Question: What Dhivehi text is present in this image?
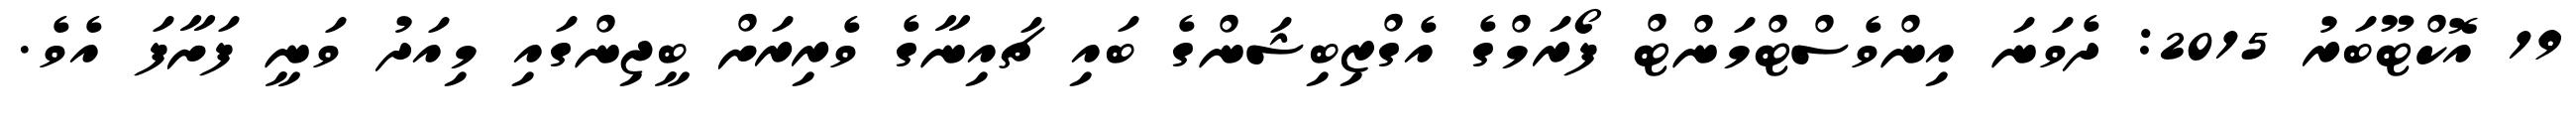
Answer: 19 އޮކްޓޫބަރު 2015: ދެވަނަ އިންވެސްޓްމަންޓް ފޯރަމްގެ އެގްޒިބިޝަންގެ ބައި ޗައިނާގެ ވެރިރަށް ބީޖިންގައި މިއަދު ވަނީ ފަށާފަ އެވެ.